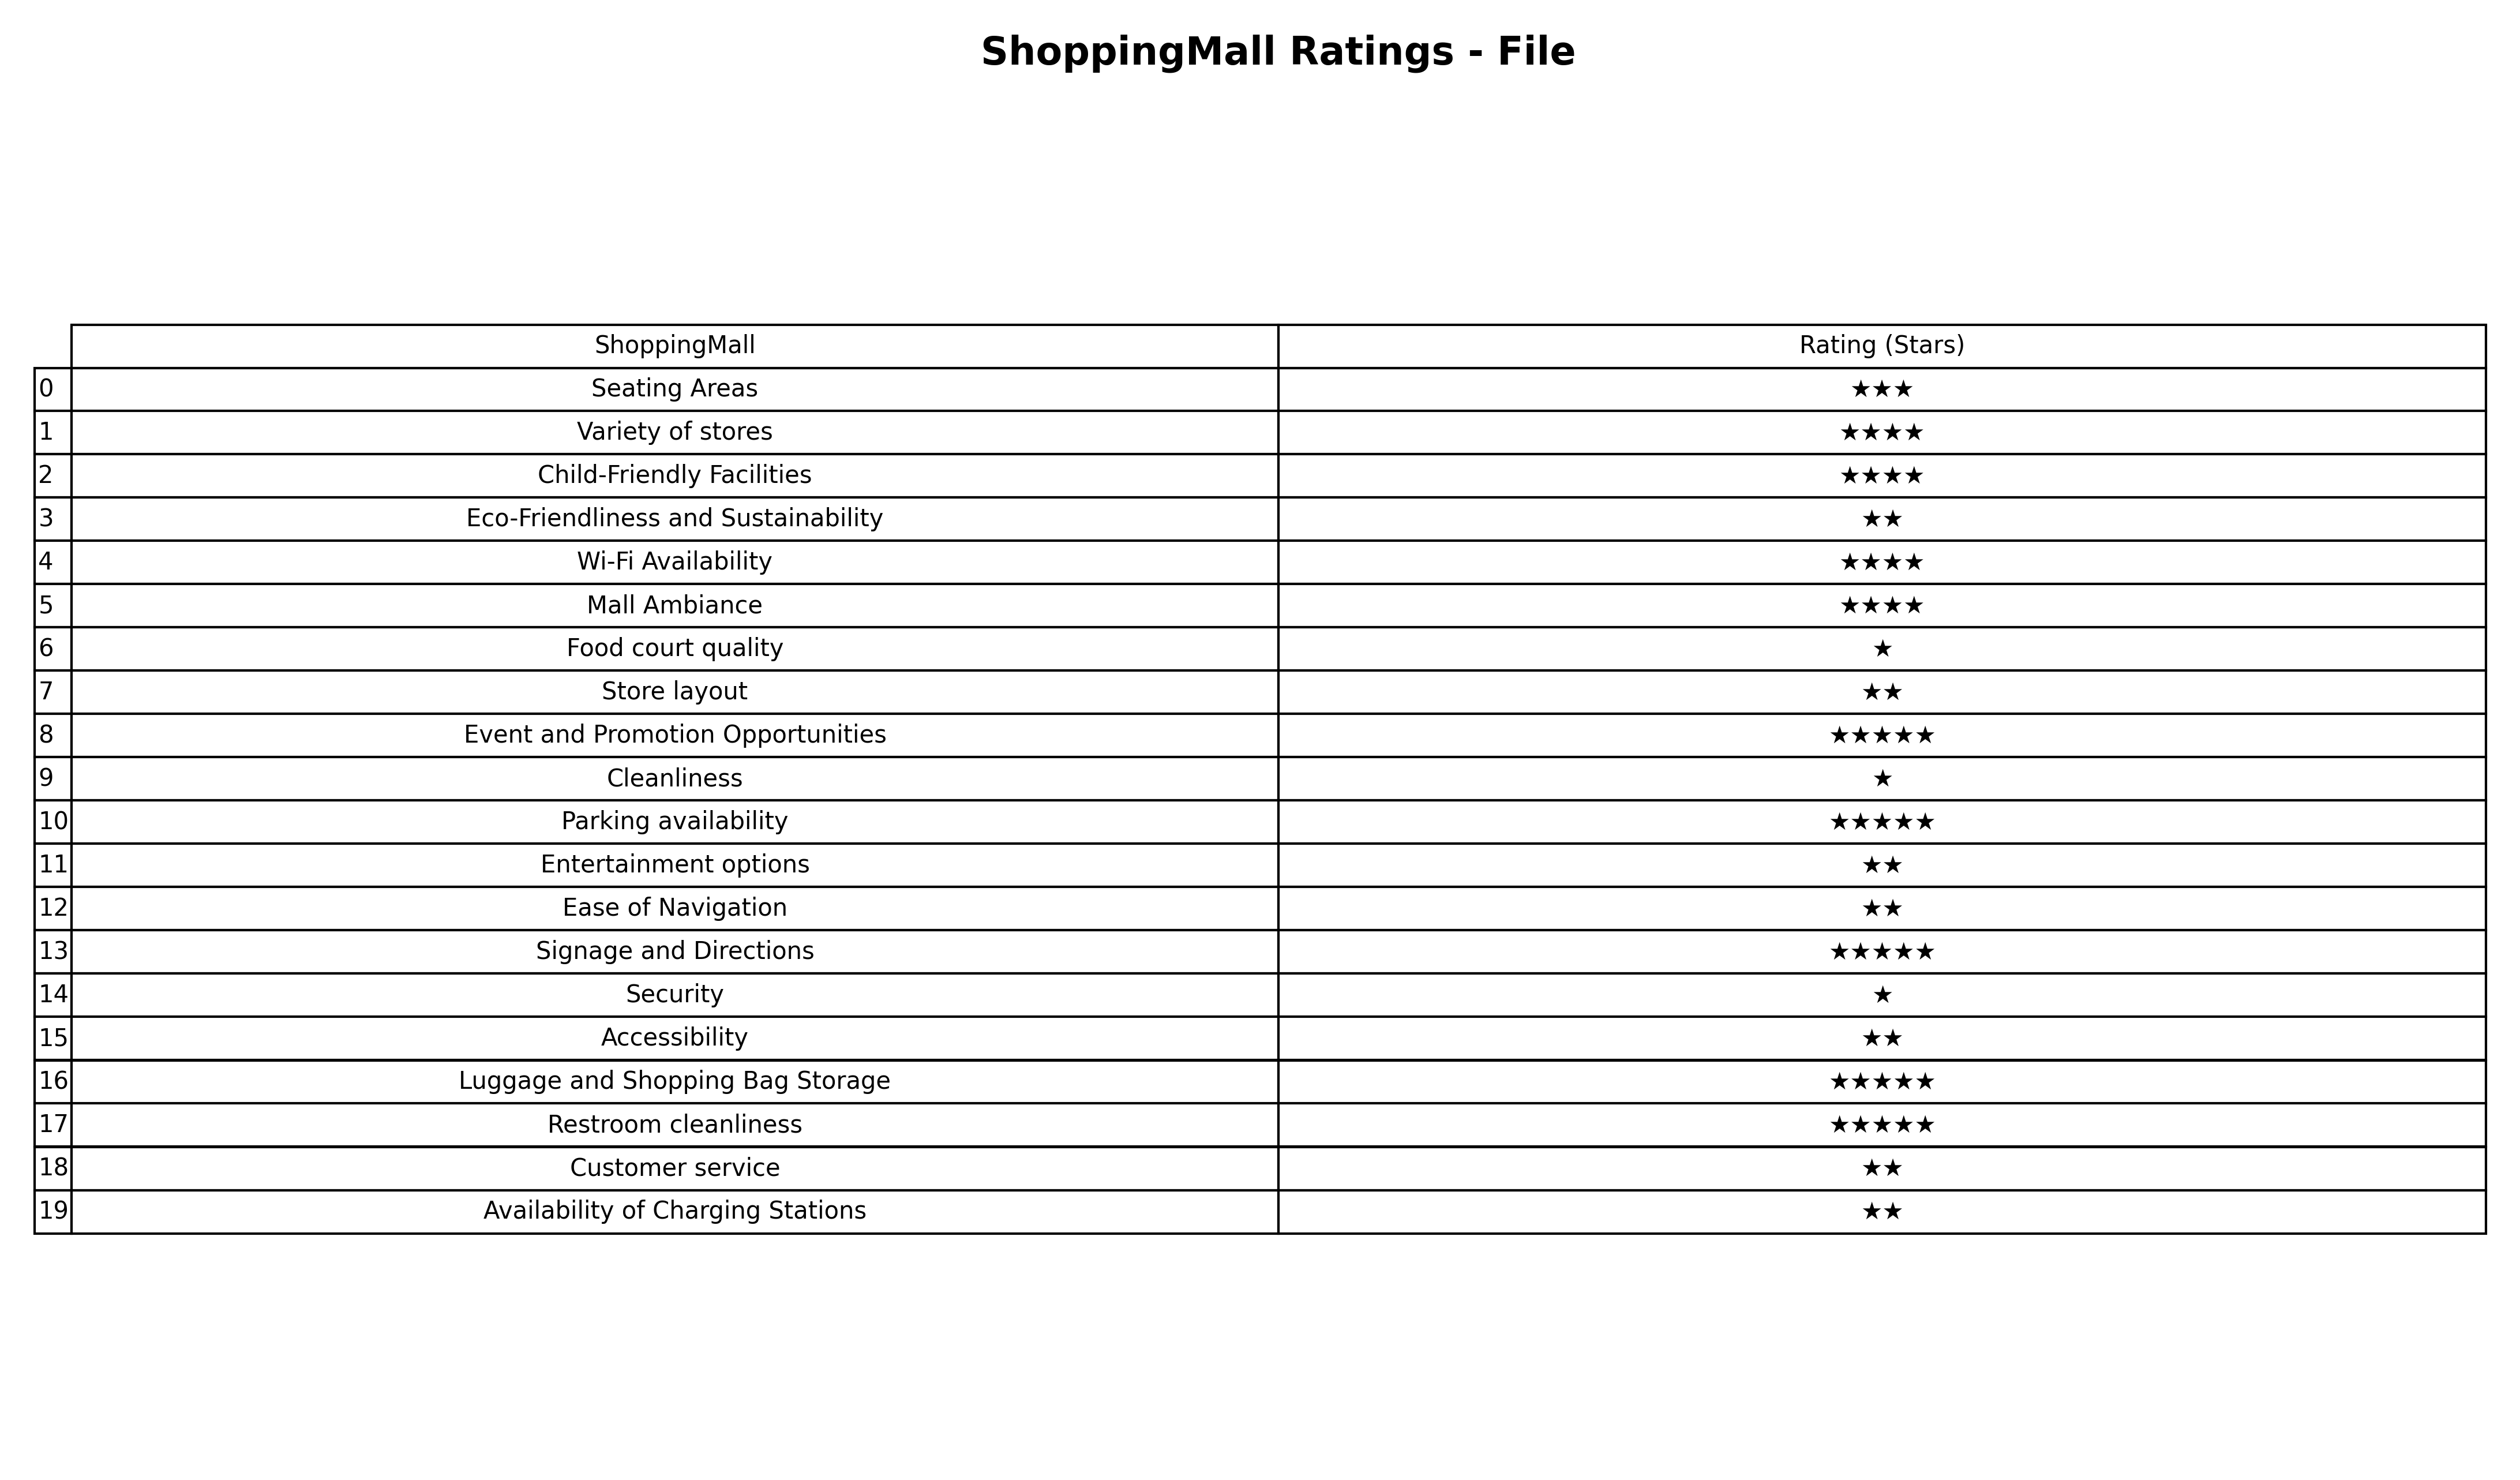
question: What are one star services?
answer: Food court qualityCleanlinessSecurity